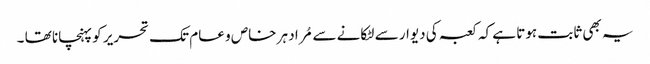
یہ بھی ثابت ہوتا ہے کہ کعبہ کی دیوار سے لٹکانے سے مُراد ہر خاص و عام تک تحریر کو پہنچانا تھا ۔